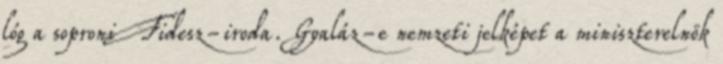
lóg a soproni Fidesz-iroda. Gyaláz-e nemzeti jelképet a miniszterelnök